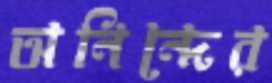
অনিন্দের